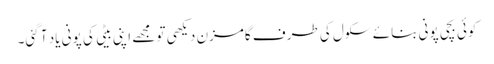
کوئی بچی پونی بنائے سکول کی طرف گامزن دیکھی تو مجھے اپنی بیٹی کی پونی یاد آ گئی۔